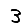
Digit: 3